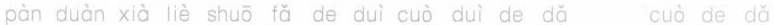
pàn duàn xià liè shuō fǎ de duì cuò duì de dǎ cuò de dǎ